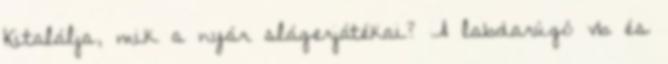
Kitalálja, mik a nyár slágerjátékai? A labdarúgó vb és